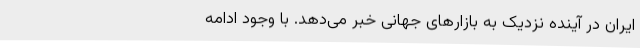
ایران در آینده‌ نزدیک به بازارهای جهانی خبر می‌دهد. با وجود ادامه